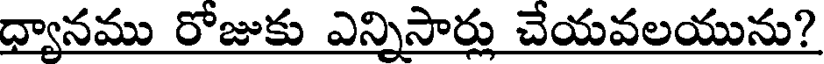
ద్యానము రోజుకు ఎన్నిసార్లు చేయవలయును?